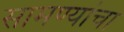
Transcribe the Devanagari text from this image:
सामण्यांचा